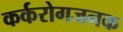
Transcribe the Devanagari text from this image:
कर्करोगजनक